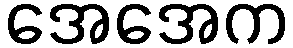
အေအေက